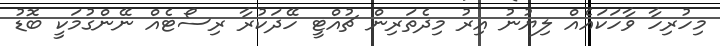
މިހުރިހާ ވާހަކައެއް ލިޔުނު އިރު މިދެތަރިން ޗުއްޓީ ހޭދަކުރާ ރިސޯޓެއް ނޭންގުމަކީ ބޮޑު